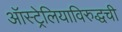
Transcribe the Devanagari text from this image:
ऑस्ट्रेलियाविरुद्धची